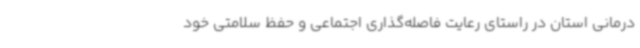
درمانی استان در راستای رعایت فاصله‌گذاری اجتماعی و حفظ سلامتی خود